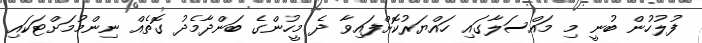
ފުލުހުން ބުނީ މި މައްސަލާގައި ހައްޔަރުކޮށްފައިވާ ދެ މީހުންގެ ބަންދާމެދު ގޮތެއް ނިންމުމަށްޓަކައި